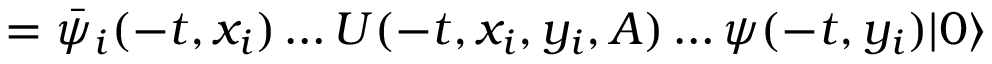
= \bar { \psi } _ { i } ( - t , x _ { i } ) \ldots U ( - t , x _ { i } , y _ { i } , A ) \ldots \psi ( - t , y _ { i } ) | 0 \rangle